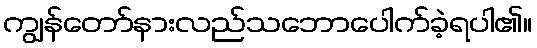
ကျွန်တော်နားလည်သဘောပေါက်ခဲ့ရပါ၏။